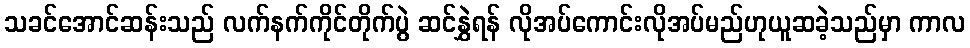
သခင်အောင်ဆန်းသည် လက်နက်ကိုင်တိုက်ပွဲ ဆင်နွှဲရန် လိုအပ်ကောင်းလိုအပ်မည်ဟုယူဆခဲ့သည်မှာ ကာလ